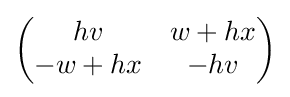
{\begin{pmatrix}hv&w+hx\\-w+hx&-hv\end{pmatrix}}